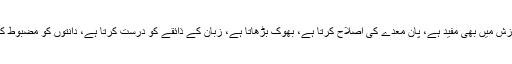
خالہ خیرن کے مطابق پان منہ کے خراب ذائقے کو دور کرتا ہے، ذیابیطس اور گردے کی سوزش میں بھی مفید ہے، پان معدے کی اصلاح کرتا ہے، بھوک بڑھاتا ہے، زبان کے ذائقے کو درست کرتا ہے، دانتوں کو مضبوط کرتا ہے، معدے سے فاسد مادے کو نکالتا ہے، منہ اور مسوڑھوں کی رطوبت کو رفع کرتا ہے۔